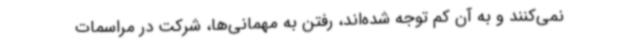
نمی‌کنند و به آن کم توجه شده‌اند، رفتن به مهمانی‌ها، شرکت در مراسمات